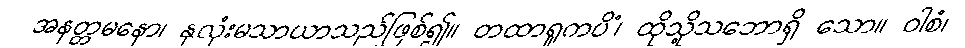
အနတ္တမနော၊ နှလုံးမသာယာသည်ဖြစ်၍။ တထာရူကပိံ၊ ထိုသို့သဘောရှိ သော။ ဝါစံ၊